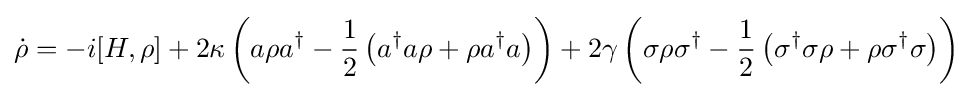
{\dot {\rho }}=-i[H,\rho ]+2\kappa \left(a\rho a^{\dagger }-{\frac {1}{2}}\left(a^{\dagger }a\rho +\rho a^{\dagger }a\right)\right)+2\gamma \left(\sigma \rho \sigma ^{\dagger }-{\frac {1}{2}}\left(\sigma ^{\dagger }\sigma \rho +\rho \sigma ^{\dagger }\sigma \right)\right)